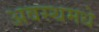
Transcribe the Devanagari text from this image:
अवस्थमधे